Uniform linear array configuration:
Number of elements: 64
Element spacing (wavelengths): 0.25
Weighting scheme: uniform
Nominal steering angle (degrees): -60
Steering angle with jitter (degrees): -60.311
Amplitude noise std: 0.05
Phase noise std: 0.05

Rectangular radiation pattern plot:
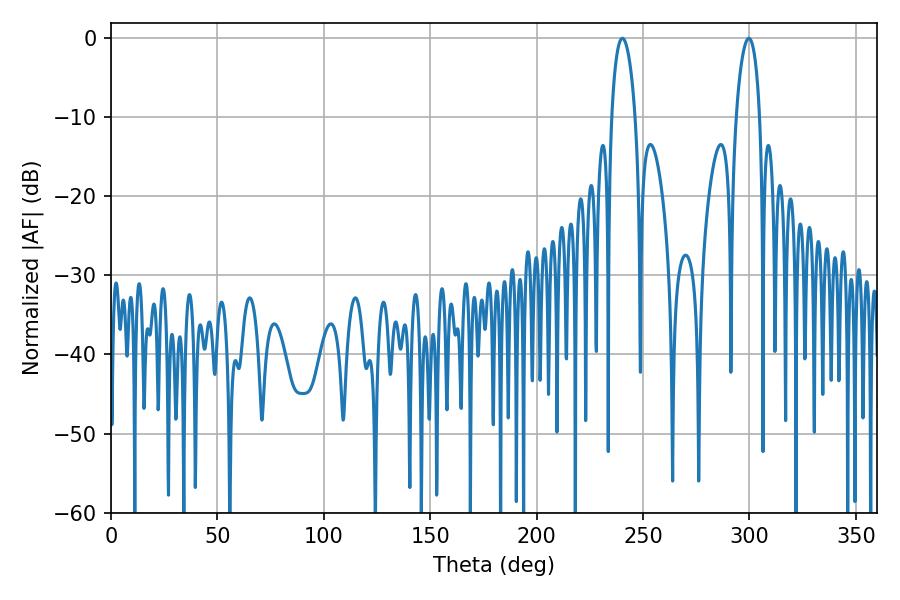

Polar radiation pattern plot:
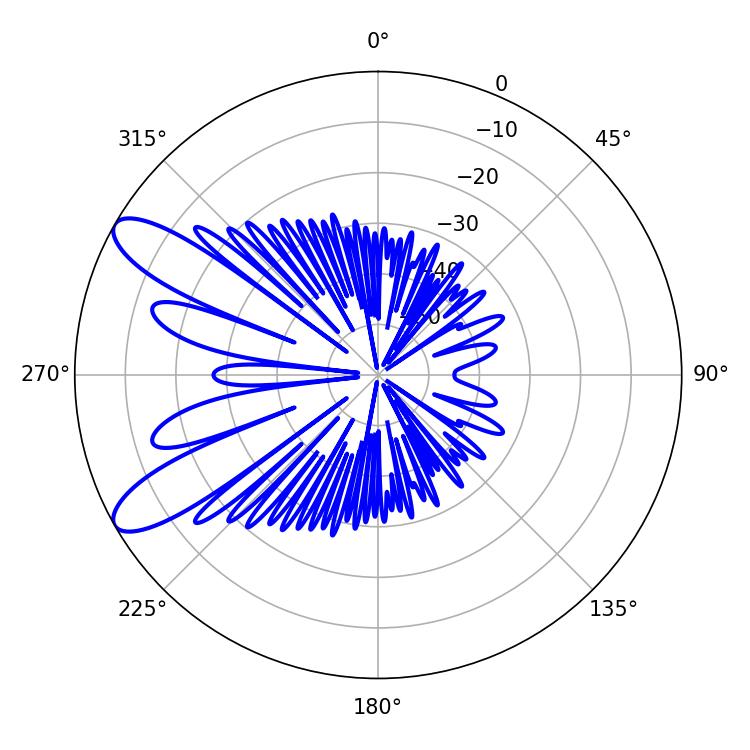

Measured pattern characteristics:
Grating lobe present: FALSE
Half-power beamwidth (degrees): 6.3
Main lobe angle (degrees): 299.7